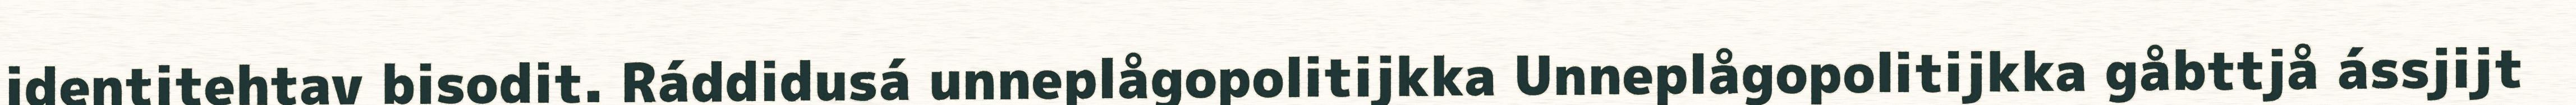
identitehtav bisodit. Ráddidusá unneplågopolitijkka Unneplågopolitijkka gåbttjå ássjijt